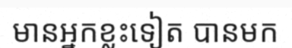
មានអ្នកខ្លះទៀត បានមក